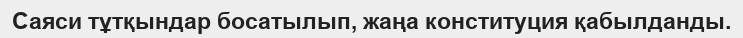
Саяси тұтқындар босатылып, жаңа конституция қабылданды.